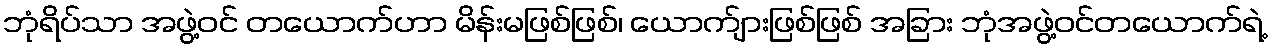
ဘုံရိပ်သာ အဖွဲ့ဝင် တယောက်ဟာ မိန်းမဖြစ်ဖြစ်၊ ယောက်ျားဖြစ်ဖြစ် အခြား ဘုံအဖွဲ့ဝင်တယောက်ရဲ့